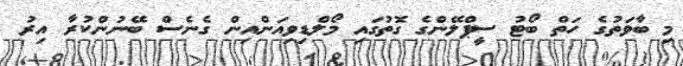
މި ބާވަތުގެ ހަތް ބޯޓު ސީޕްލޭންގެ ގޮތުގައި މޯލްޑިވިއަންއިން ގެނެސް ބޭނުންކުރާ އިރު